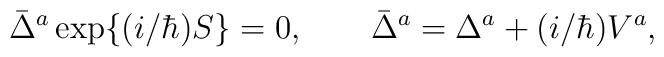
\bar{\Delta}^a\, {\rm exp}\{ (i/ \hbar) S \} = 0,\qquad\bar{\Delta}^a = \Delta^a + (i/ \hbar) V^a,